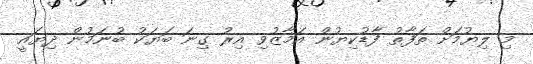
މި ލިޔުމަށް ތަފާތު ފާޑުކިޔުން އަމާޒުވި އިރު ގިނަ ބަޔަކު ބުނަމުން ދިޔައީ